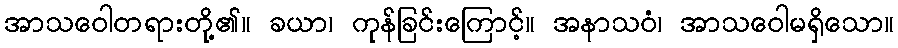
အာသဝေါတရားတို့၏။ ခယာ၊ ကုန်ခြင်းကြောင့်။ အနာသဝံ၊ အာသဝေါမရှိသော။